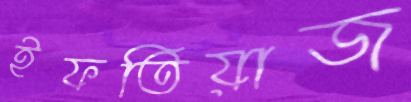
ইফতিয়াজ